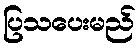
ပြသပေးမည်